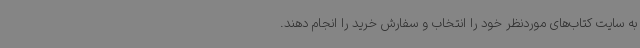
به سایت کتاب‌های موردنظر خود را انتخاب و سفارش خرید را انجام دهند.